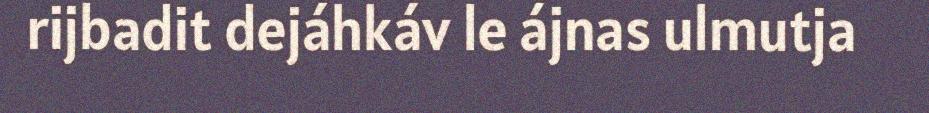
rijbadit dejáhkáv le ájnas ulmutja